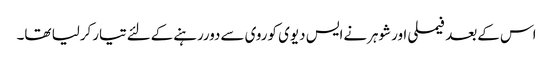
اس کےبعد فیملی اورشوہرنےایس دیوی کوروی سےدوررہنےکےلئےتیارکرلیا تھا۔